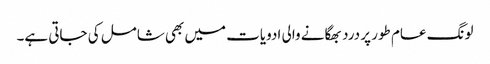
لونگ عام طور پر درد بھگانے والی ادویات میں بھی شامل کی جاتی ہے۔